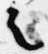
之